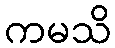
ကမသိ